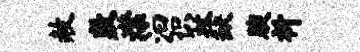
赦敷潸汩识杖缺腴祈